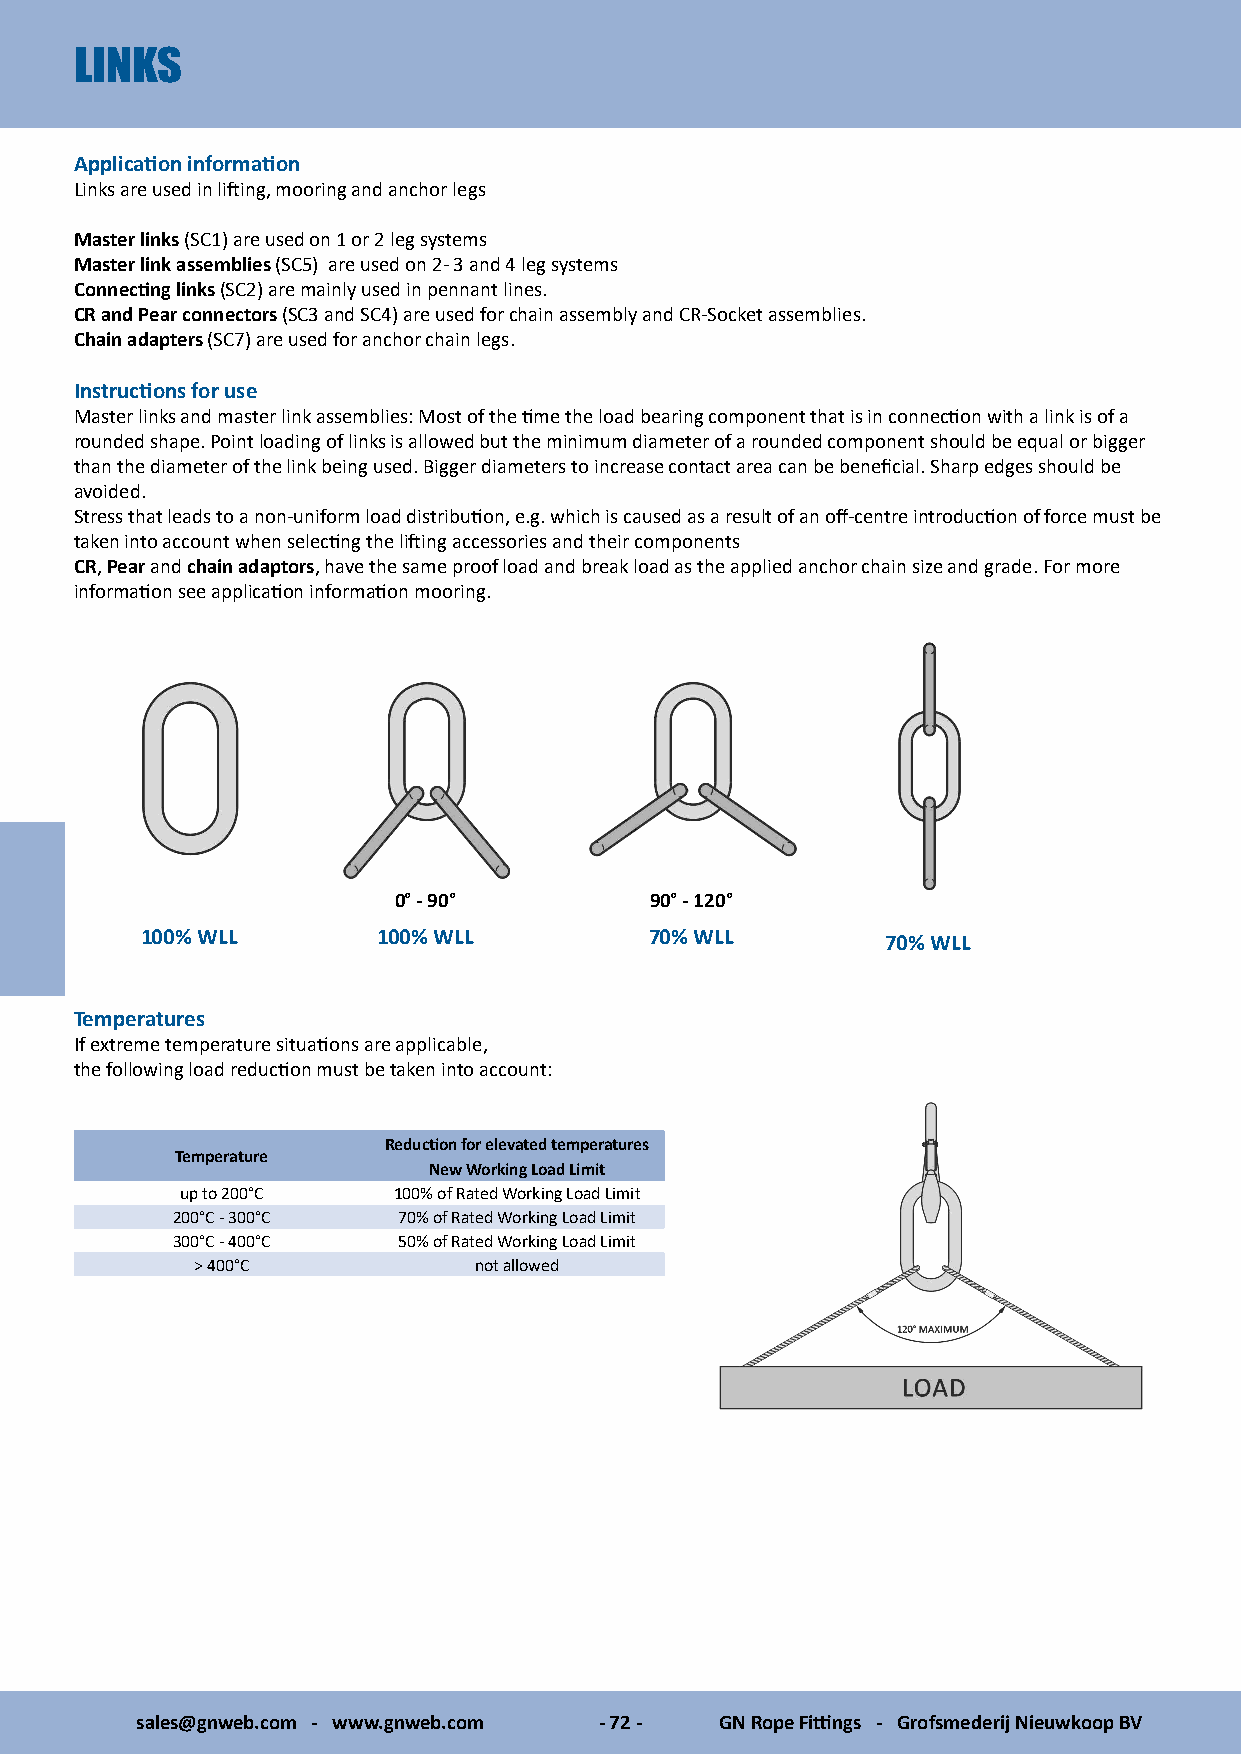
LINKS
 Application information
 Links are used in lifting, mooring and anchor legs
 Master links (SC1) are used on 1 or 2 leg systems
 Master link assemblies (SC5) are used on 2- 3 and 4 leg systems
 Connecting links (SC2) are mainly used in pennant lines.
 CR and Pear connectors (SC3 and SC4) are used for chain assembly and CR-Socket assemblies.
 Chain adapters (SC7) are used for anchor chain legs.
 Instructions for use
 Master links and master link assemblies: Most of the time the load bearing component that is in connection with a link is of a
 rounded shape. Point loading of links is allowed but the minimum diameter of a rounded component should be equal or bigger
 than the diameter of the link being used. Bigger diameters to increase contact area can be beneficial. Sharp edges should be
 avoided.
 Stress that leads to a non-uniform load distribution, e.g. which is caused as a result of an off-centre introduction of force must be
 taken into account when selecting the lifting accessories and their components
 CR, Pear and chain adaptors, have the same proof load and break load as the applied anchor chain size and grade. For more
 information see application information mooring.
 0° - 90°         90° - 120°
 100% WLL        100% WLL          70% WLL         70% WLL
 Temperatures
 If extreme temperature situations are applicable,
 the following load reduction must be taken into account:
 Reduction for elevated temperatures
 Temperature
 New Working Load Limit
 up to 200°C   100% of Rated Working Load Limit
 200°C - 300°C  70% of Rated Working Load Limit
 300°C - 400°C  50% of Rated Working Load Limit
 > 400°C           not allowed
 sales@gnweb.com - www.gnweb.com - 72 - GN Rope Fittings - Grofsmederij Nieuwkoop BV